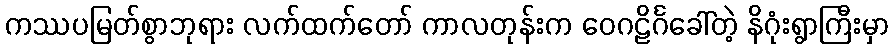
ကဿပမြတ်စွာဘုရား လက်ထက်တော် ကာလတုန်းက ဝေဂဠိင်္ဂခေါ်တဲ့ နိဂုံးရွာကြီးမှာ